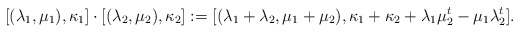
\begin{align*} [(\lambda_1,\mu_1),\kappa_1] \cdot [(\lambda_2,\mu_2),\kappa_2]:=[(\lambda_1+\lambda_2, \mu_1+\mu_2), \kappa_1+\kappa_2+\lambda_1\mu_2^t-\mu_1\lambda_2^t].\end{align*}